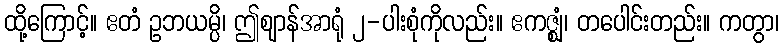
ထို့ကြောင့်။ ဧတံ ဥဘယမ္ပိ၊ ဤဈာန်အာရုံ ၂-ပါးစုံကိုလည်း။ ဧကဇ္ဈံ၊ တပေါင်းတည်း။ ကတွာ၊